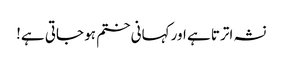
نشہ اترتا ہے اور کہانی ختم ہو جاتی ہے!